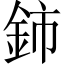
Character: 鈰